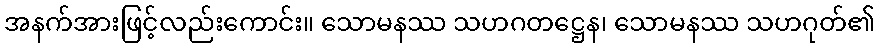
အနက်အားဖြင့်လည်းကောင်း။ သောမနဿ သဟဂတဋ္ဌေန၊ သောမနဿ သဟဂုတ်၏